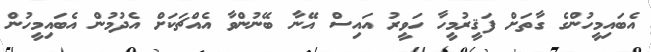
އެބައިމީހުންގެ ގާތަށް ފަޤީރުމީހާ ހަވީރު އައިސް އޭނާ ބޭނުންވާ އެއްޗަކަށް އެދުމުން އެބައިމީހުން